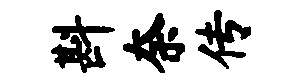
斟奈传